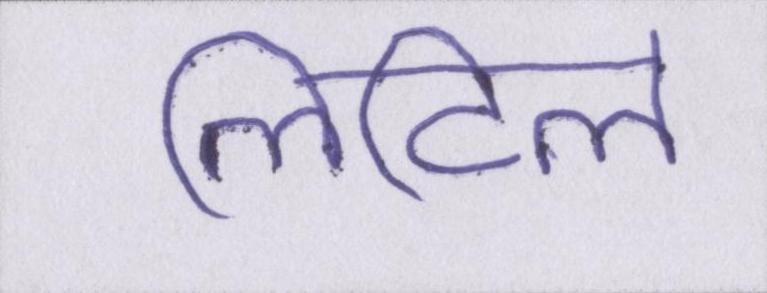
लिटिल